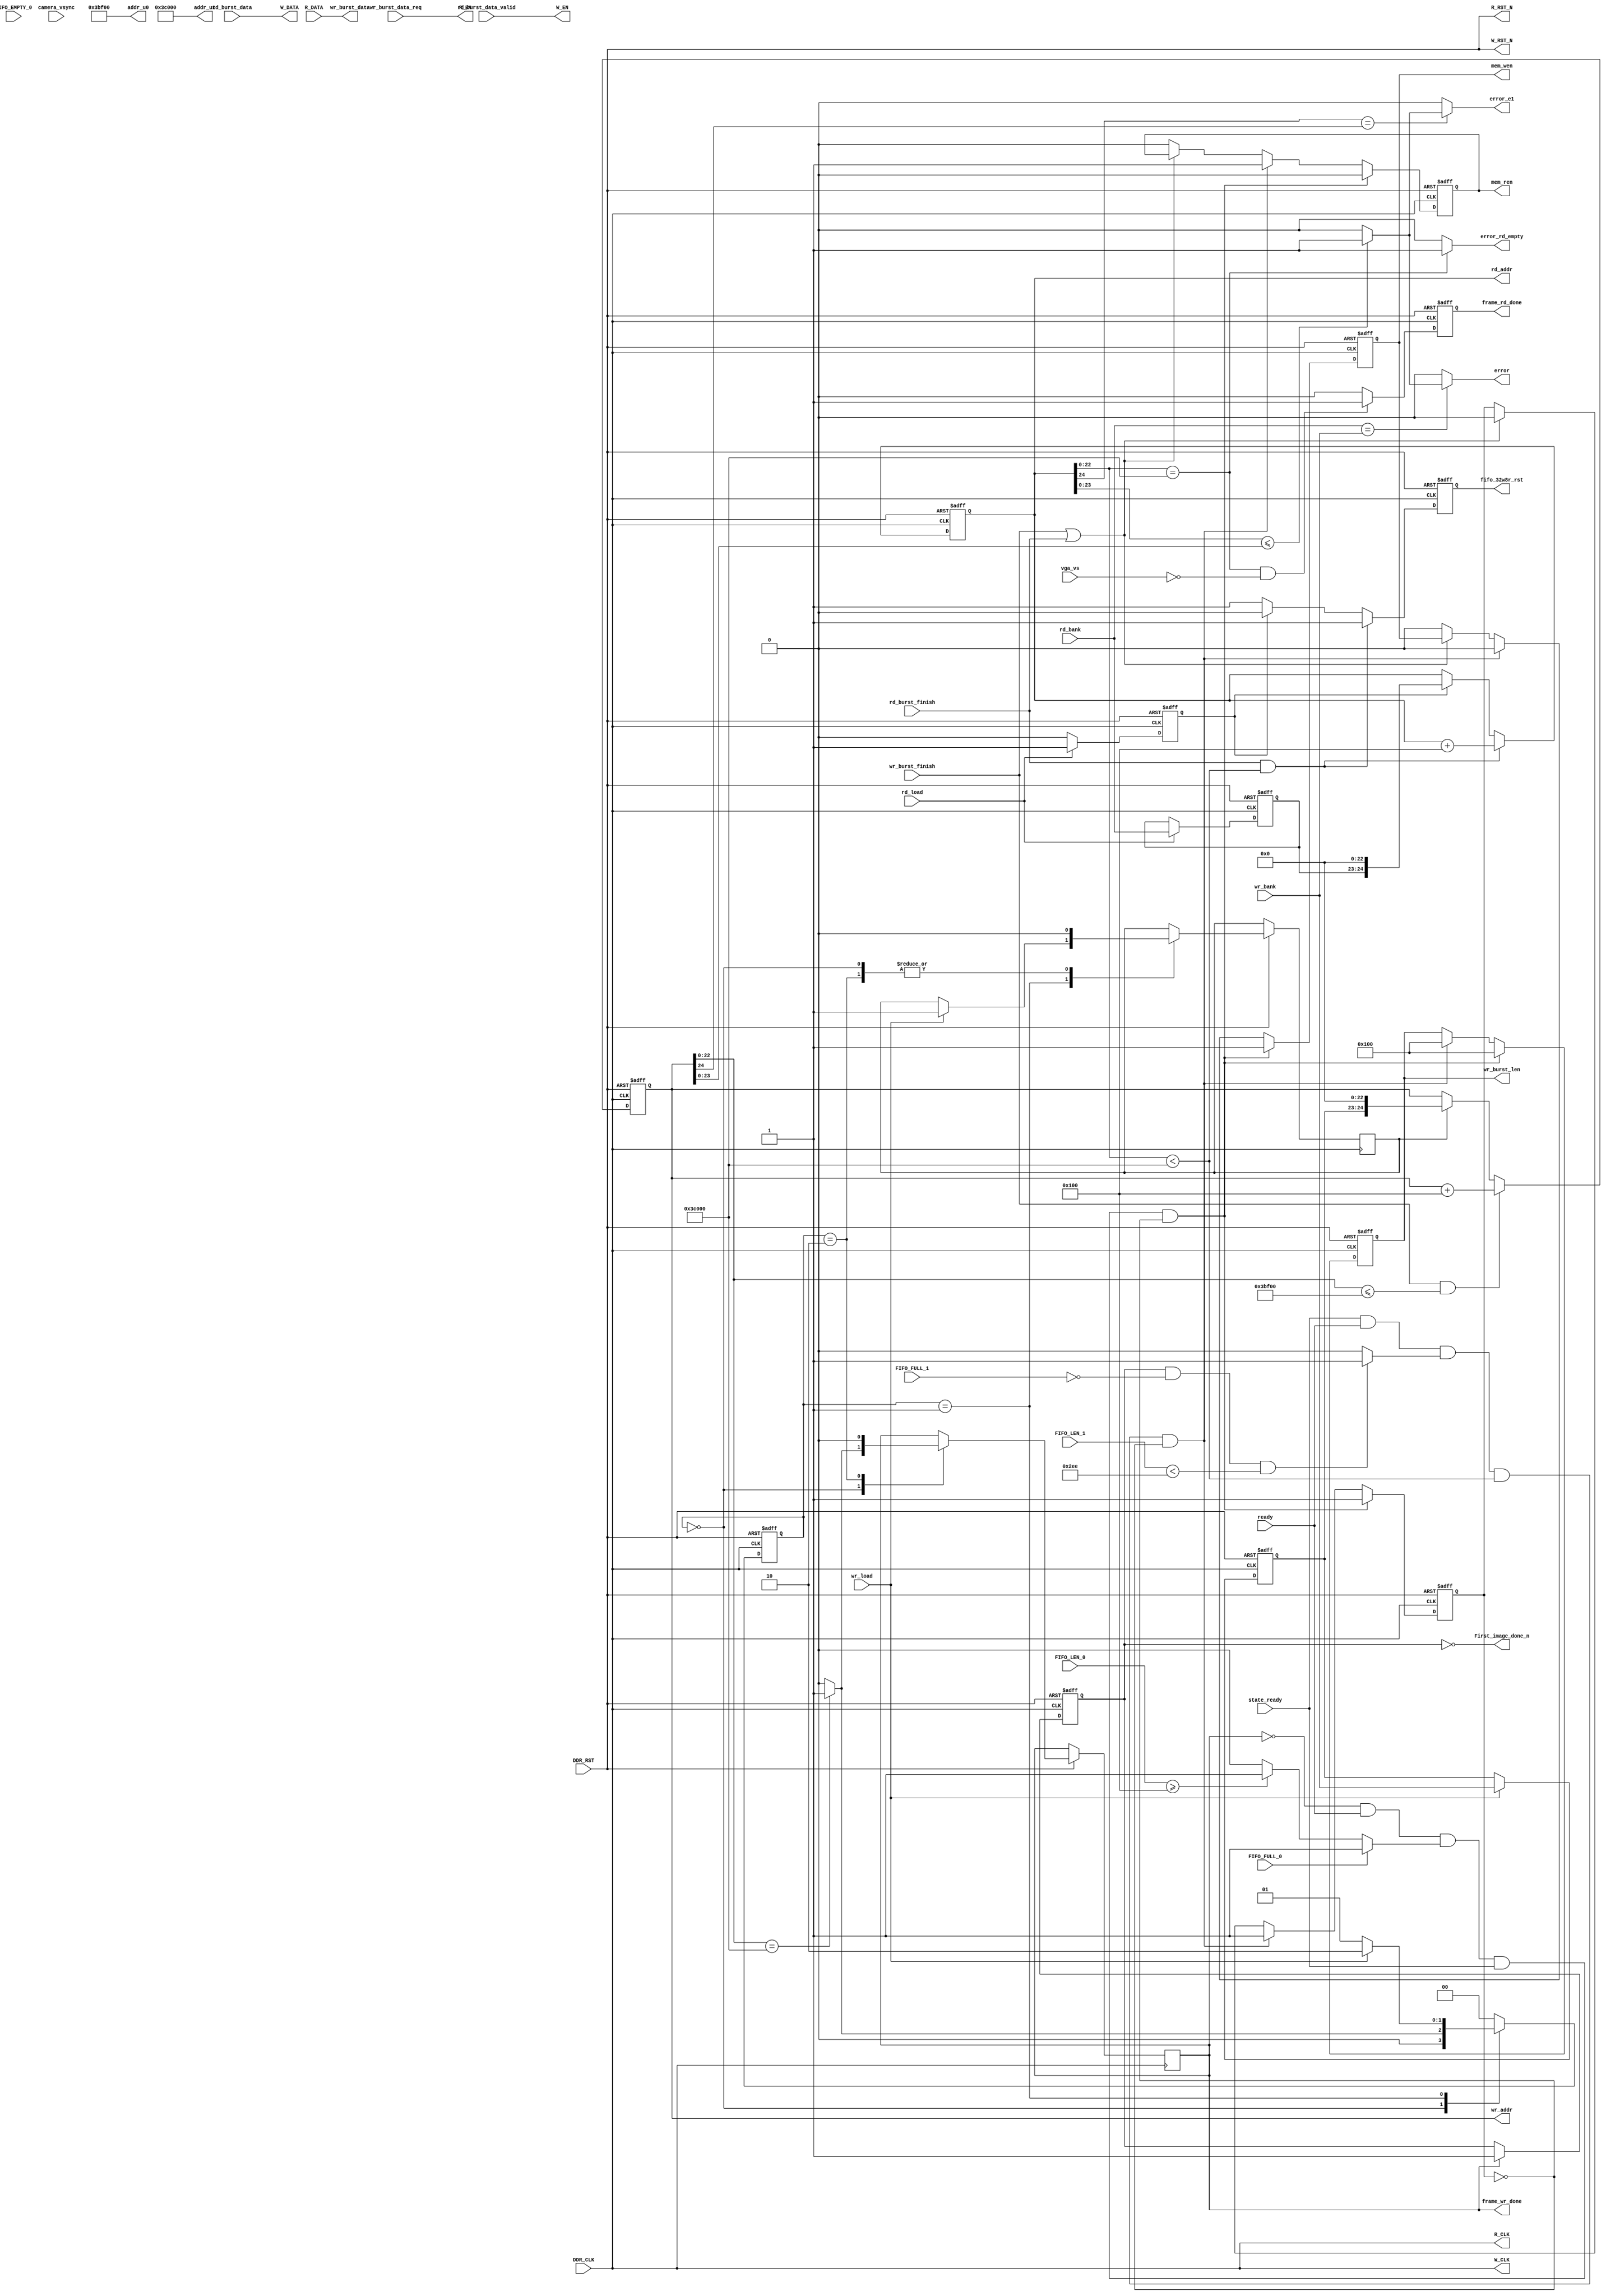
module ddr2wr_fifo 
#(
    parameter WRITE_ADDRMAX = 25'd245_760 , //1536245_760 64*48*8/32
    parameter READ_ADDRMAX  = 25'd245_760
)  
(                                         
    input wire              DDR_CLK                         ,
    input wire              DDR_RST                         ,
    //ddr_r                                                 
    input wire [31 : 0]     rd_burst_data                   ,
    input wire              rd_burst_data_valid             ,
    output reg              mem_ren                         ,
    output reg [24 : 0]     rd_addr                         ,
    input wire              rd_burst_finish                 ,
    //ddr_w                                                 
    output wire [31: 0]     wr_burst_data                   ,
    input  wire             wr_burst_data_req               ,
    output reg              mem_wen                         ,
    output reg  [24: 0]     wr_addr                         ,
    input  wire             wr_burst_finish                 ,
    //                                                      
    input  wire             ready                           ,
    input  wire             state_ready                     ,
    //fifo_w                                                
    output wire             W_CLK                           ,
    output wire             W_RST_N                         ,
    output wire             W_EN                            ,
    output wire [31 :0 ]    W_DATA                          ,
    //fifo_r                                                
    output wire             R_CLK                           ,
    output wire             R_RST_N                         ,
    output wire             R_EN                            ,
    input  wire [31: 0]     R_DATA                          ,
    //fifo_32w8r                                            
    input wire  [9: 0]      FIFO_LEN_1                      ,
    input wire              FIFO_FULL_1                     ,   
    //fifo_32w32r                                           
    input  wire             FIFO_EMPTY_0                    ,
    input  wire             FIFO_FULL_0                     ,
    input  wire [10: 0]     FIFO_LEN_0                      ,
    output reg  [9 : 0]     wr_burst_len                    ,
    output reg              fifo_32w8r_rst                  ,
    //                                                      
    input wire              camera_vsync                    ,
    input wire              vga_vs                          ,
    //bank_switch                                           
    input  wire  [1 : 0]    wr_bank                         ,
    input  wire             wr_load                         ,
    input  wire  [1 : 0]    rd_bank                         ,
    input  wire             rd_load                         ,
    output reg              frame_rd_done                   ,
    output reg              frame_wr_done                   ,
    //led                                                   
    output wire             First_image_done_n              ,
    //debug                                                 
    output wire [22: 0]     addr_u0                         ,
    output wire [22: 0]     addr_u1                         ,
    output wire             error                           ,
    output wire             error_e1                        ,
    output wire             error_rd_empty    

); 

    //---------------------------------------------//
    parameter rd_byte_number = 750;
    parameter wr_byte_number = 256; 
    parameter initial_addr = 23'd0;
    wire [24:0]             rd_addr_sample        ;
    wire [24:0]             wr_addr_sample        ;
    reg                     load_rd_addr          ;
    reg                     load_wr_addr          ;
    reg  [1 : 0]            rd_bank_reg           ;
    reg  [1 : 0]            wr_bank_reg           ;
    wire                    ready_wr_flag         ;
    wire                    ready_rd_flag         ; 
    
    reg                     First_image_done      ;
    reg  [1:0]              state                 ;
    wire [24:0]             addr_len              ;
    reg                     bank_image_done_d0    ;
    reg                     bank_image_done_d1    ;
    wire                    bank_image_done_pos   ;  
    reg                     mem_busy_flag         ;
    wire                    NEG_VGAHS             ;
    //-----------------------------------------------
    //  load_rd_addr
    //-----------------------------------------------
    always @(posedge DDR_CLK or negedge DDR_RST) begin
        if (DDR_RST ==1'b0) begin
            load_rd_addr <= 1'b0;
        end 
        else if (rd_load) begin
            load_rd_addr <= 1'b1;
        end
        else begin
            load_rd_addr <= 1'b0;
        end
    end 
    //-----------------------------------------------
    //  bank_switch
    //-----------------------------------------------
    always @(posedge DDR_CLK or negedge DDR_RST) begin
        if (DDR_RST ==1'b0) begin
            rd_bank_reg <= 1'b1;
        end 
        else if (rd_load) begin
            rd_bank_reg <= rd_bank;
        end 
        else begin
            rd_bank_reg <= rd_bank_reg;
        end
    end 
    //-----------------------------------------------
    //  bank_switch --- frame_rd_done
    //-----------------------------------------------
    always @(posedge DDR_CLK or negedge DDR_RST) begin
        if (DDR_RST ==1'b0) begin
            frame_rd_done <= 1'b0;
        end 
        else if (rd_addr[22:0]==addr_u1&&~vga_vs) begin
            frame_rd_done <= 1'b1;
        end 
        else begin
            frame_rd_done <= 1'b0;
        end
    end 
    //-----------------------------------------------
    //  bank_switch --- frame_rd_done
    //-----------------------------------------------
    always @(posedge DDR_CLK or negedge DDR_RST) begin
        if (DDR_RST ==1'b0) begin
            rd_addr <= 25'd0;
            fifo_32w8r_rst <= 1'b1;
        end 
        else if (rd_burst_finish && rd_addr[22:0] < addr_u1) begin
            rd_addr <= rd_addr + 25'd256;
            fifo_32w8r_rst <= 1'b1;
        end 
        else if (load_rd_addr) begin 
            rd_addr <= rd_addr_sample;
            fifo_32w8r_rst <= 1'b0;
        end
        else begin
            rd_addr <= rd_addr;
            fifo_32w8r_rst <= 1'b1;
        end
    end 
    //-----------------------------------------------
    //  bank_switch --- mem_ren/mem_wen
    //-----------------------------------------------
    always @(posedge DDR_CLK or negedge DDR_RST) begin
        if (DDR_RST ==1'b0) begin
            mem_ren <= 1'b0;
            mem_wen <= 1'b0;
            wr_burst_len <= 10'd0;
            mem_busy_flag <= 1'b0;
        end 
        else if(!frame_wr_done&&ready && ready_wr_flag&&state_ready&&~mem_busy_flag)begin     
            mem_wen <= 1'b1;                      
            wr_burst_len <= 10'd256;
            mem_ren <= 1'b0;
            mem_busy_flag <= 1'b1;
        end 
        else if((state_ready&&ready&&ready_rd_flag)&&(rd_addr[22:0]<addr_u1)&&~mem_busy_flag)begin
            mem_wen <= 1'b0;                      
            wr_burst_len <= 10'd256;
            mem_ren <= 1'b1;
            mem_busy_flag <= 1'b1;
        end 
        else if(wr_burst_finish||rd_burst_finish)begin
            mem_busy_flag <= 1'b0;
        end 
        else begin
            mem_ren <= 1'b0;
            mem_wen <= 1'b0;
            wr_burst_len <= wr_burst_len;
            mem_busy_flag <= mem_busy_flag;
        end
    end  
    
    //-----------------------------------------------
    //  bank_switch --- frame_wr_done
    //-----------------------------------------------
    always @(posedge DDR_CLK or negedge DDR_RST)begin
        if(DDR_RST==1'b0)begin
            First_image_done <= 1'b0;
        end 
        else if(frame_wr_done)begin 
            First_image_done <= 1'b1;
        end
        else begin
            First_image_done <= First_image_done;
        end 
    end
    
    //-----------------------------------------------
    //  bank_switch
    //-----------------------------------------------
    always @(posedge DDR_CLK or negedge DDR_RST) begin
        if (DDR_RST ==1'b0) begin
            wr_bank_reg <= 1'b0;
        end 
        else if (wr_load) begin
            wr_bank_reg <= wr_bank;
        end 
        else begin
            wr_bank_reg <= wr_bank_reg;
        end
    end 
    
    //-----------------------------------------------
    //  bank_switch --- frame_wr_done
    //-----------------------------------------------
    always @(posedge DDR_CLK or negedge DDR_RST)begin
        if (DDR_RST ==1'b0) begin
            state <= 25'd0;  
        end 
        else  begin
            case(state) 
            0:begin
                if(wr_addr[22:0]==WRITE_ADDRMAX)begin
                    frame_wr_done <= 1'b1;
                    load_wr_addr <= 1'b0;
                    state <= 1;
                end
                else begin
                    frame_wr_done <= 1'b0;
                    load_wr_addr <= 1'b0;
                    state <= 0;
                end
            end
            1: begin
                if (wr_load) begin
                    load_wr_addr <= 1;
                    frame_wr_done <= frame_wr_done;
                    state <= 2;
                end
                else begin
                    load_wr_addr <= load_wr_addr;
                    frame_wr_done <= frame_wr_done;
                    state <= 1;
                end
            end
            2: begin
                    load_wr_addr <= 0;
                    frame_wr_done <= 0;
                    state <= 0;
                end
            default : state <= 0;
            endcase  
        end
    end
    
    always @(posedge DDR_CLK or negedge DDR_RST) begin
        if (DDR_RST ==1'b0) begin
            wr_addr <= 25'd0;  
        end 
        else if (wr_burst_finish && wr_addr[22:0] <= addr_u0) begin
            wr_addr <= wr_addr + 25'd256;
        end 
        else if (load_wr_addr) begin
            wr_addr <= wr_addr_sample;
        end  
        else begin
            wr_addr <= wr_addr;
        end
    end  
    //-----------------------------------------------
    //  bank_image_done_pos
    //-----------------------------------------------
    always @(posedge DDR_CLK or negedge DDR_RST) begin
        if (DDR_RST ==1'b0) begin
            bank_image_done_d0<=1'b1;
            bank_image_done_d1<=1'b1;
        end 
        else begin
            bank_image_done_d0<=camera_vsync;
            bank_image_done_d1<=bank_image_done_d0;
        end 
    end  
    //-----------------------------------------------
    //  vga_vs neg 
    //-----------------------------------------------
    reg NEG_VGAHS_d0,NEG_VGAHS_d1;
    always @(posedge DDR_CLK or negedge DDR_RST) begin
        if (DDR_RST ==1'b0) begin
            NEG_VGAHS_d0<=1'b0;
            NEG_VGAHS_d1<=1'b0;
        end 
        else begin
            NEG_VGAHS_d0<=vga_vs;
            NEG_VGAHS_d1<=NEG_VGAHS_d0;
        end 
    end

    assign NEG_VGAHS = (!NEG_VGAHS_d0&NEG_VGAHS_d1) ? 1'b1:1'b0;
    assign bank_image_done_pos = bank_image_done_d0&~bank_image_done_d1;
    assign ready_wr_flag = FIFO_FULL_0 ? 1'b1:((FIFO_LEN_0 >= wr_byte_number)? 1'b1:1'b0);
    assign addr_len = (FIFO_LEN_0 >= 12'd2000) ? 25'd1000:{13'b0,FIFO_LEN_0};    
    assign error = (rd_bank==wr_bank) ? ((rd_addr[23:0]<=wr_addr[23:0])? 1'b1:1'b0):1'b0;
    assign error_e1 = (rd_addr[24]==wr_addr[24]) ? ((rd_addr[23:0]<=wr_addr[23:0])? 1'b1:1'b0):1'b0;
    assign ready_rd_flag = (First_image_done&&(!FIFO_FULL_1)&&(FIFO_LEN_1<rd_byte_number))?1'b1:1'b0;
    //---------------------------------------------//
    assign R_CLK = DDR_CLK;
    assign R_RST_N = DDR_RST;
    assign R_EN = wr_burst_data_req;
    assign wr_burst_data = R_DATA ;
    //---------------------------------------------//  
    assign W_CLK = DDR_CLK ;
    assign W_RST_N = DDR_RST;
    assign W_EN = rd_burst_data_valid;
    assign W_DATA = rd_burst_data ;
    //---------------------------------------------//  
    assign First_image_done_n = ~First_image_done;
    assign addr_u0 = wr_addr_sample[22:0] + WRITE_ADDRMAX - 23'd256 ;
    assign addr_u1 = rd_addr_sample[22:0] + READ_ADDRMAX ;          //BANK
    assign rd_addr_sample = {rd_bank_reg,initial_addr};             //initial read_address
    assign wr_addr_sample = {wr_bank_reg,initial_addr};             //initial read_address

    //debug 
    assign error_rd_empty  = (rd_addr[22:0]==addr_u1) ? 1'b1:1'b0;

endmodule